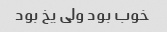
خوب بود ولی یخ بود